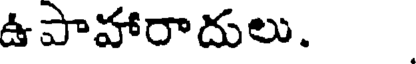
ఉపాహారాదులు.